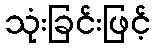
သုံးခြင်းဖြင့်